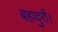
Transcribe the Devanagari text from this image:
बहादुरी।